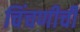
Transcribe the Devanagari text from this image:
चिंचणीची